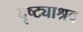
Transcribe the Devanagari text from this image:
दृष्ट्याश्रव